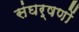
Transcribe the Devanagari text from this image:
संघर्षणों